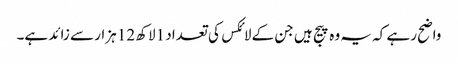
واضح رہے کہ یہ وہ پیج ہیں جن کے لائکس کی تعداد 1لاکھ 12 ہزار سے زائد ہے۔